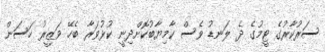
ސަރުކާރުގެ ޓީމުގެ ދެ ލަނޑު ވެސް ކާމިޔާބުކޮށްދިނީ ކުޅުވަރާ ބެހޭ ވަޒީރު ހަސަން